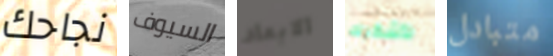
نجاحك السيوف الابعاد لأشكرك متبادل